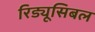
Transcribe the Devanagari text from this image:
रिड्यूसिबल